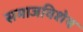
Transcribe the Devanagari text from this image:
समाजविशेष